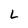
Character: L